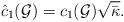
LaTeX: \begin{align*} \hat c_1(\mathcal G)= c_1(\mathcal G) \sqrt{\bar \kappa}.\end{align*}